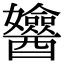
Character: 𨣻